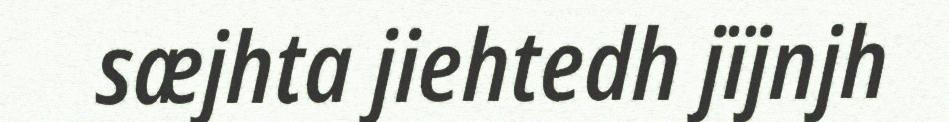
sæjhta jiehtedh jïjnjh